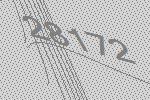
28172